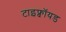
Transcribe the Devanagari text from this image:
टाइफ्वॉयड